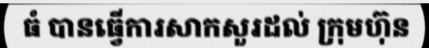
ធំ បានធ្វើការសាកសួរដល់ ក្រុមហ៊ុន